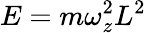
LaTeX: E=m\omega_{z}^{2}L^{2}